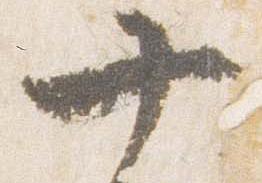
十